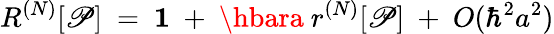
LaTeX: R^{(N)}[\mathscr{P}]\ =\ {\mathbf{1}}\ +\ \hbara\ r^{(N)}[\mathscr{P}]\ +\ O(\hbar^{2}a^{2})